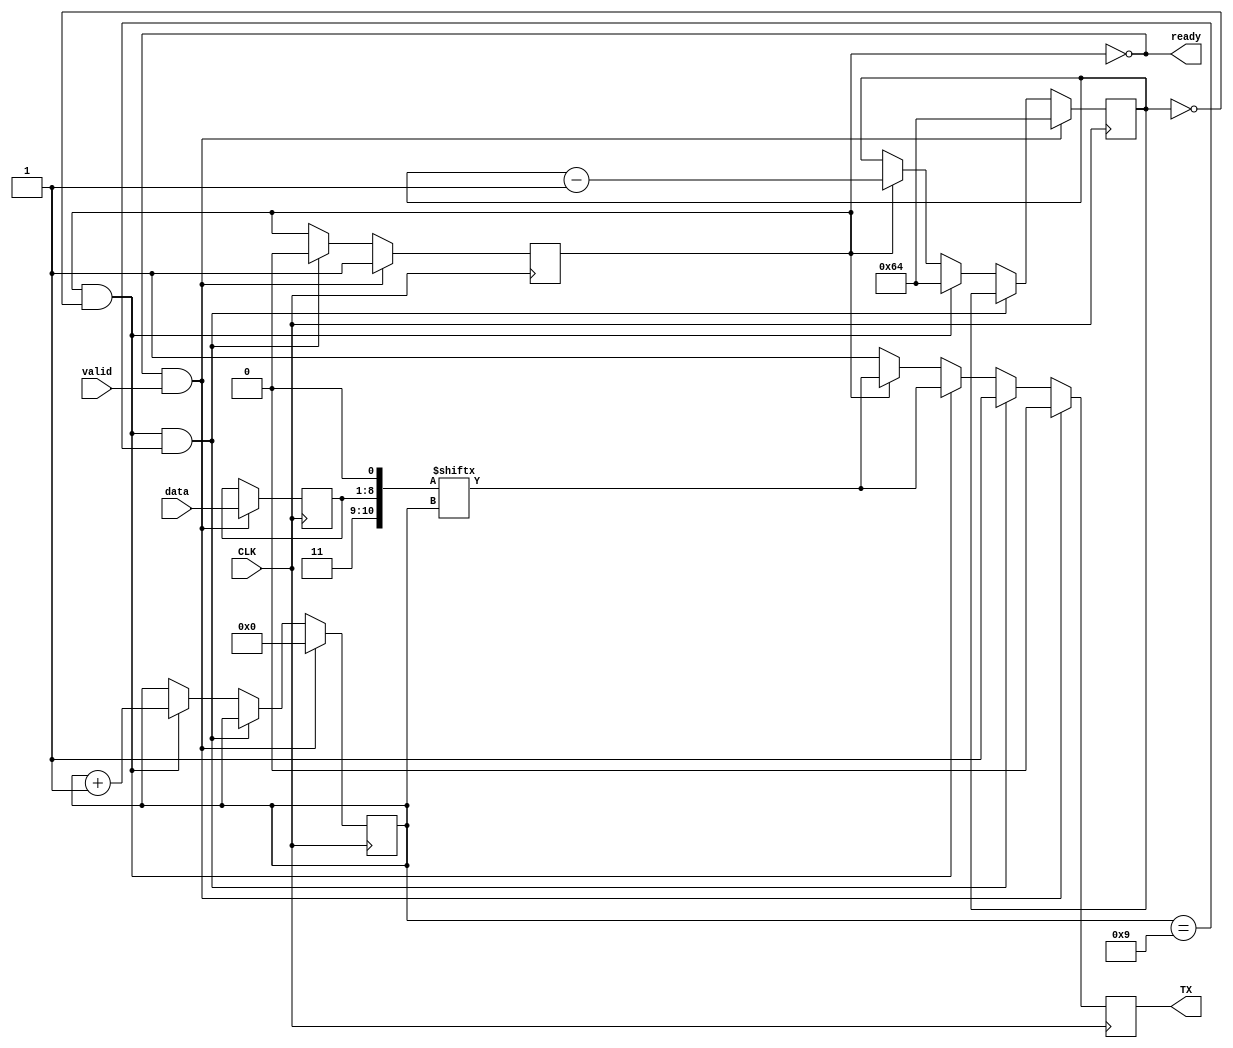
module TXMOD(
  output TX,
  input CLK,
  input [7:0] data,
  input valid,
  output ready);

reg TXReg = 1;
assign TX = TXReg;

reg [10:0] dataStore = 1536; // MSB=1, LSB=0
reg writing = 0;
assign ready = (writing==0);

reg [13:0] writeClock = 0; // which cycle are we in?
reg [3:0] writeBit = 0; // which bit are we writing? (10 bits total)

always @(posedge CLK) begin
  if(writing==0 && valid==1) begin
    writing <= 1;
    dataStore[8:1] <= data;
    writeClock <= 100;
    writeBit <= 0;
    TXReg <= dataStore[0];
  end else if(writing==1 && writeClock==0 && writeBit==9) begin
    // we're done
    TXReg <= 1;
    writing <= 0;
  end else if(writing==1 && writeClock==0) begin
    // move on to next bit
    TXReg <= dataStore[writeBit];
    writeBit <= writeBit+1;
    writeClock <= 100;
  end else if(writing==1) begin
    TXReg <= dataStore[writeBit];
    writeClock <= writeClock - 1;
  end else begin
    TXReg <= 1;
  end 

end

endmodule